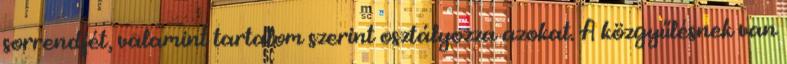
sorrendjét, valamint tartalom szerint osztályozza azokat. A közgyűlésnek van